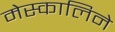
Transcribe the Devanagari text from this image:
मेस्कालिने